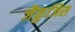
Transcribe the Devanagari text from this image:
जैकुजिस